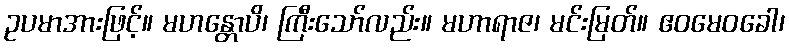
ဥပမာအားဖြင့်။ မဟန္တောပိ၊ ကြီးသော်လည်း။ မဟာရာဇ၊ မင်းမြတ်။ ဧဝမေဝခေါ၊